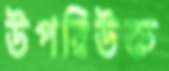
উপরিউক্ত